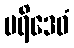
ပရိဒေဝံ